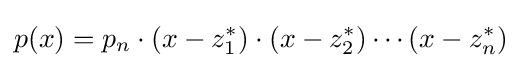
p(x)=p_{n}\cdot (x-z_{1}^{*})\cdot (x-z_{2}^{*})\cdots (x-z_{n}^{*})